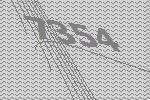
7354